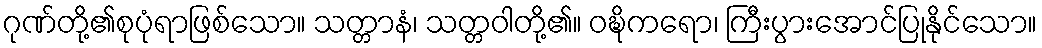
ဂုဏ်တို့၏စုပုံရာဖြစ်သော။ သတ္တာနံ၊ သတ္တဝါတို့၏။ ဝဍ္ဎိကရော၊ ကြီးပွားအောင်ပြုနိုင်သော။